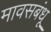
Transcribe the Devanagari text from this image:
मावसबंधू